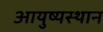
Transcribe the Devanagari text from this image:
आयुष्यस्थान